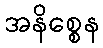
အနိစ္စေန